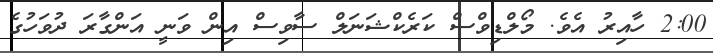
2:00 ހާއިރު އެވެ. މޯލްޑިވްސް ކަރެކްޝަނަލް ސާވިސް އިން ވަނީ އަންގާރަ ދުވަހުގެ